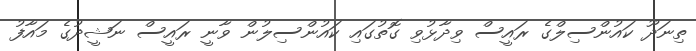
ތިނަދޫ ކައުންސިލްގެ ރައީސް ވިދާޅުވި ގޮތުގައި ކައުންސިލުން ވާނީ ރައީސް ނަޝީދުގެ މައާފު